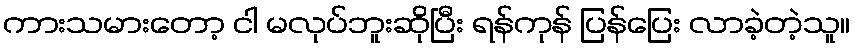
ကားသမားတော့ ငါ မလုပ်ဘူးဆိုပြီး ရန်ကုန် ပြန်ပြေး လာခဲ့တဲ့သူ။